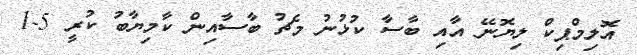
އޮލިމްޕިކް ލިޔޮނޭ އާއި ބާސާ ކުޅުނު މެޗު ބާސާއިން ކާމިޔާބު ކުރީ 5-1